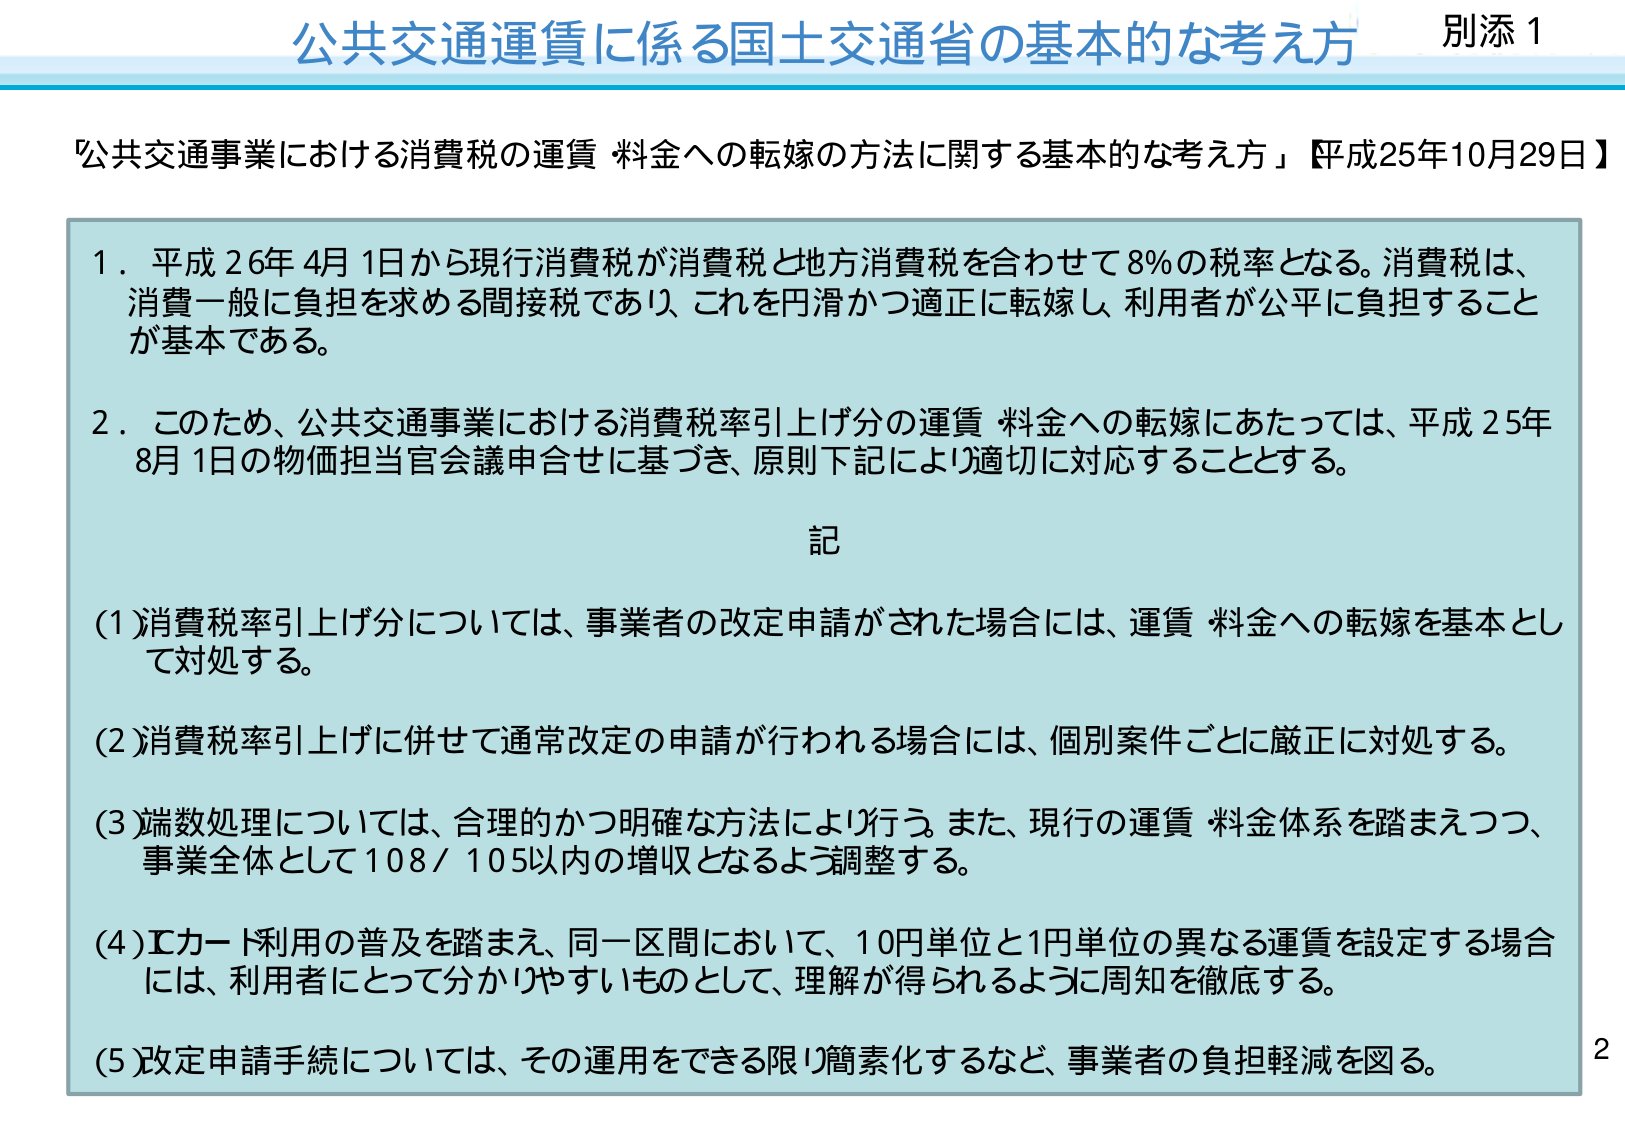
公共交通運賃に係る国土交通省の基本的な考え方　別添１

「公共交通事業における消費税の運賃・料金への転嫁の方法に関する基本的な考え方」【平成25年10月29日】

１．平成26年4月1日から現行消費税が消費税と地方消費税を合わせて8％の税率となる。消費税は、消費一般に負担を求める間接税であり、これを円滑かつ適正に転嫁し、利用者が公平に負担することが基本である。

２．このため、公共交通事業における消費税率引上げ分の運賃・料金への転嫁にあたっては、平成25年8月1日の物価担当官会議申合せに基づき、原則下記により適切に対応することとする。

記

(1) 消費税率引上げ分については、事業者の改定申請がされた場合には、運賃・料金への転嫁を基本として対処する。

(2) 消費税率引上げに併せて通常改定の申請が行われる場合には、個別案件ごとに厳正に対処する。

(3) 端数処理については、合理的かつ明確な方法により行う。また、現行の運賃・料金体系を踏まえつつ、事業全体として108／105以内の増収となるよう調整する。

(4) ICカード利用の普及を踏まえ、同一区間において、10円単位と1円単位の異なる運賃を設定する場合には、利用者にとって分かりやすいものとして、理解が得られるように周知を徹底する。

(5) 改定申請手続については、その運用をできる限り簡素化するなど、事業者の負担軽減を図る。

2